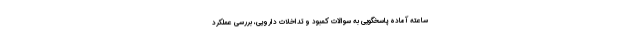
ساعته آماده پاسخگویی به سوالات کمبود و تداخلات دارویی، بررسی عملکرد